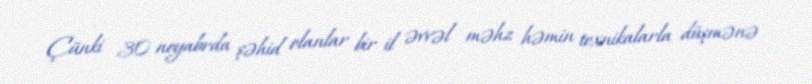
Çünki 30 noyabrda şəhid olanlar bir il əvvəl məhz həmin texnikalarla düşmənə